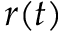
r ( t )